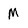
Character: M